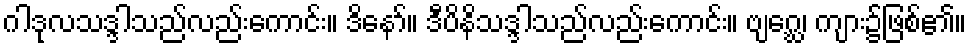
ဂါဒုလသဒ္ဒါသည်လည်းကောင်း။ ဒိနော်။ ဒီပိနိသဒ္ဒါသည်လည်းကောင်း။ ဗျဂ္ဃေ၊ ကျား၌ဖြစ်၏။